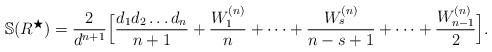
LaTeX: \begin{align*} \mathbb{S}(R^{\bigstar})=\frac{2}{d^{n+1}}\Big[\frac{d_1d_2\dots d_n}{n+1} + \frac{W^{(n)}_1}{n}+\dots+\frac{W^{(n)}_s}{n-s+1}+\dots+\frac{W^{(n)}_{n-1}}{2} \Big].\end{align*}